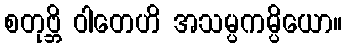
စတုဗ္ဘိ ဝါတေဟိ အသမ္ပကမ္ပိယော။